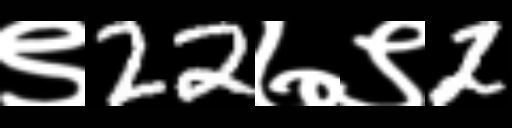
Text: ९22७९2